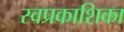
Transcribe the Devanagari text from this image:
स्वप्रकाशिका